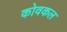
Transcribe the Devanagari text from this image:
कोवकल